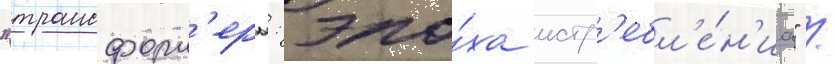
"трансформ'еры: эпо́ха истр'ебл'е́н'иа" /